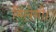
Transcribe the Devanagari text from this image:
मिलेगी।